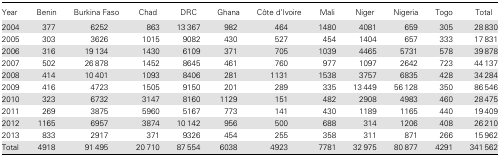
| Year | Benin | Burkina Faso | Chad | DRC | Ghana | Côte d'Ivoire | Mali | Niger | Nigeria | Togo | Total |
 | --- | --- | --- | --- | --- | --- | --- | --- | --- | --- | --- | --- |
 | 2004 | 377 | 6252 | 863 | 13 367 | 982 | 464 | 1480 | 4081 | 659 | 305 | 28 830 |
 | 2005 | 303 | 3626 | 1015 | 9082 | 430 | 527 | 454 | 1404 | 657 | 333 | 17 831 |
 | 2006 | 316 | 19 134 | 1430 | 6109 | 371 | 705 | 1039 | 4465 | 5731 | 578 | 39 878 |
 | 2007 | 502 | 26 878 | 1452 | 8645 | 461 | 760 | 977 | 1097 | 2642 | 723 | 44 137 |
 | 2008 | 414 | 10 401 | 1093 | 8406 | 281 | 1131 | 1538 | 3757 | 6835 | 428 | 34 284 |
 | 2009 | 416 | 4723 | 1505 | 9150 | 201 | 289 | 335 | 13 449 | 56 128 | 350 | 86 546 |
 | 2010 | 323 | 6732 | 3147 | 8160 | 1129 | 151 | 482 | 2908 | 4983 | 460 | 28 475 |
 | 2011 | 269 | 3875 | 5960 | 5167 | 773 | 141 | 430 | 1189 | 1165 | 440 | 19 409 |
 | 2012 | 1165 | 6957 | 3874 | 10 142 | 956 | 500 | 688 | 314 | 1206 | 408 | 26 210 |
 | 2013 | 833 | 2917 | 371 | 9326 | 454 | 255 | 358 | 311 | 871 | 266 | 15 962 |
 | Total | 4918 | 91 495 | 20 710 | 87 554 | 6038 | 4923 | 7781 | 32 975 | 80 877 | 4291 | 341 562 |